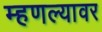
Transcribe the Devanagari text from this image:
म्हणल्यावर